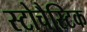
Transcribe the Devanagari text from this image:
स्टोचैस्टिक